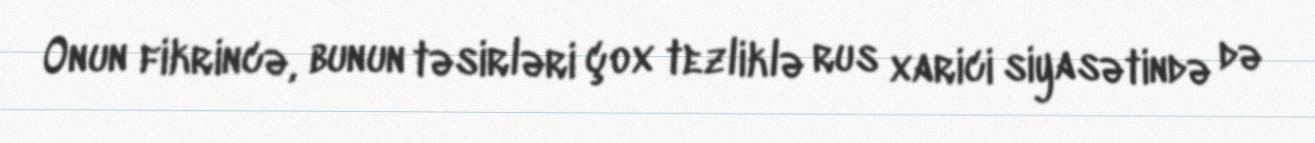
Onun fikrincə, bunun təsirləri çox tezliklə rus xarici siyasətində də